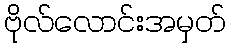
ဗိုလ်လောင်းအမှတ်